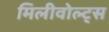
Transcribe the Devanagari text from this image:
मिलीवोल्ट्स